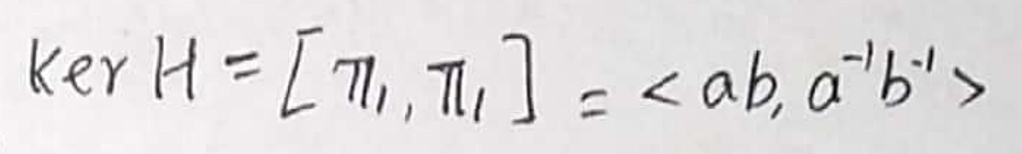
\(ker H = [ \pi_1, \pi_1 ] = \langle ab, a^{\prime}b^{\prime} \rangle\)